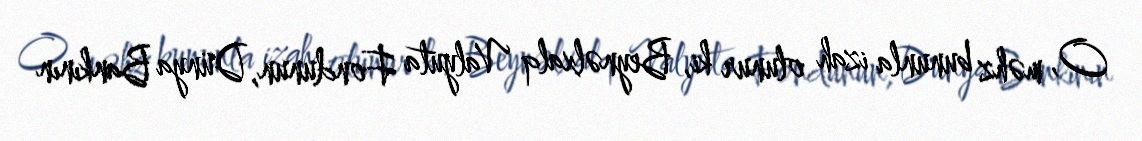
O, məhz bununla izah olunur ki, Beynəlxalq Valyuta Fondunun, Dünya Bankının